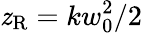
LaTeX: \mathit{z}_{\mathrm{{R}}}=kw_{0}^{2}/2